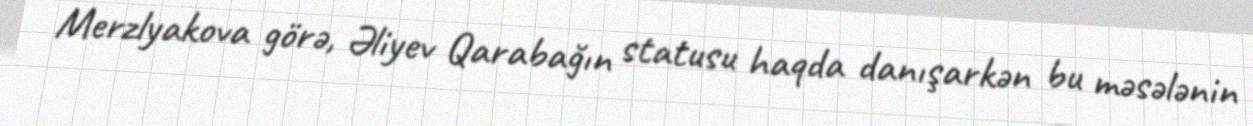
Merzlyakova görə, Əliyev Qarabağın statusu haqda danışarkən bu məsələnin